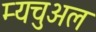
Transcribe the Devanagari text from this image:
म्यचुअल